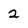
Character: 2